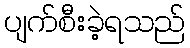
ပျက်စီးခဲ့ရသည်